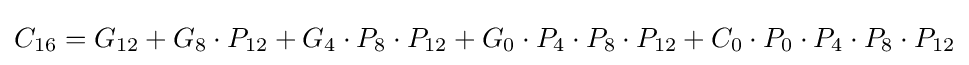
C_{16}=G_{12}+G_{8}\cdot P_{12}+G_{4}\cdot P_{8}\cdot P_{12}+G_{0}\cdot P_{4}\cdot P_{8}\cdot P_{12}+C_{0}\cdot P_{0}\cdot P_{4}\cdot P_{8}\cdot P_{12}